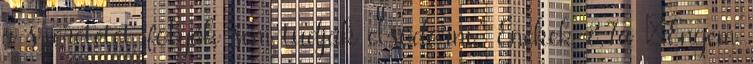
a szeretetet, folyók sem tudják elsodorni.” Énekek 8,7a „Engem